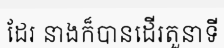
ដែរ នាងក៏បានដើរតួនាទី